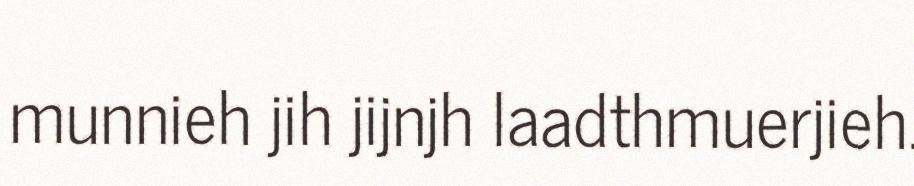
munnieh jih jijnjh laadthmuerjieh.